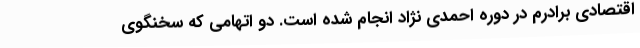
اقتصادی برادرم در دوره احمدی نژاد انجام شده است. دو اتهامی که سخنگوی